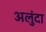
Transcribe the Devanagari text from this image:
अलुंदा